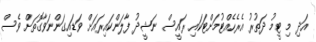
އަދި މި ޓީމު ދަތުރު އެރެހެއްޓުމަށްޓަކައި ރައީސް ނަޝީދު ފާލަންކައިރައަށް ވަޑައިގަންނަވާގޮތަށް ވެސް